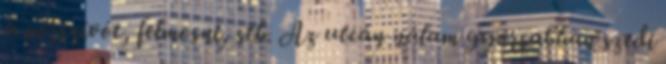
a porszívót, felmosni, stb. Az utcán nálam gyorsabban szedi